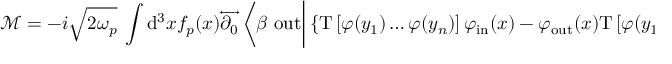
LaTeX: { \mathcal { M } } = - i { \sqrt { 2 \omega _ { p } } } \ \int \mathrm { d } ^ { 3 } x f _ { p } ( x ) { \overleftrightarrow { \partial _ { 0 } } } \left\langle \beta \ \mathrm { o u t } { \bigg | } \left\{ \mathrm { T } \left[ \varphi ( y _ { 1 } ) \ldots \varphi ( y _ { n } ) \right] \varphi _ { \mathrm { i n } } ( x ) - \varphi _ { \mathrm { o u t } } ( x ) \mathrm { T } \left[ \varphi ( y _ { 1 } ) \ldots \varphi ( y _ { n } ) \right] \right\} { \bigg | } \alpha ^ { \prime } \ \mathrm { i n } \right\rangle